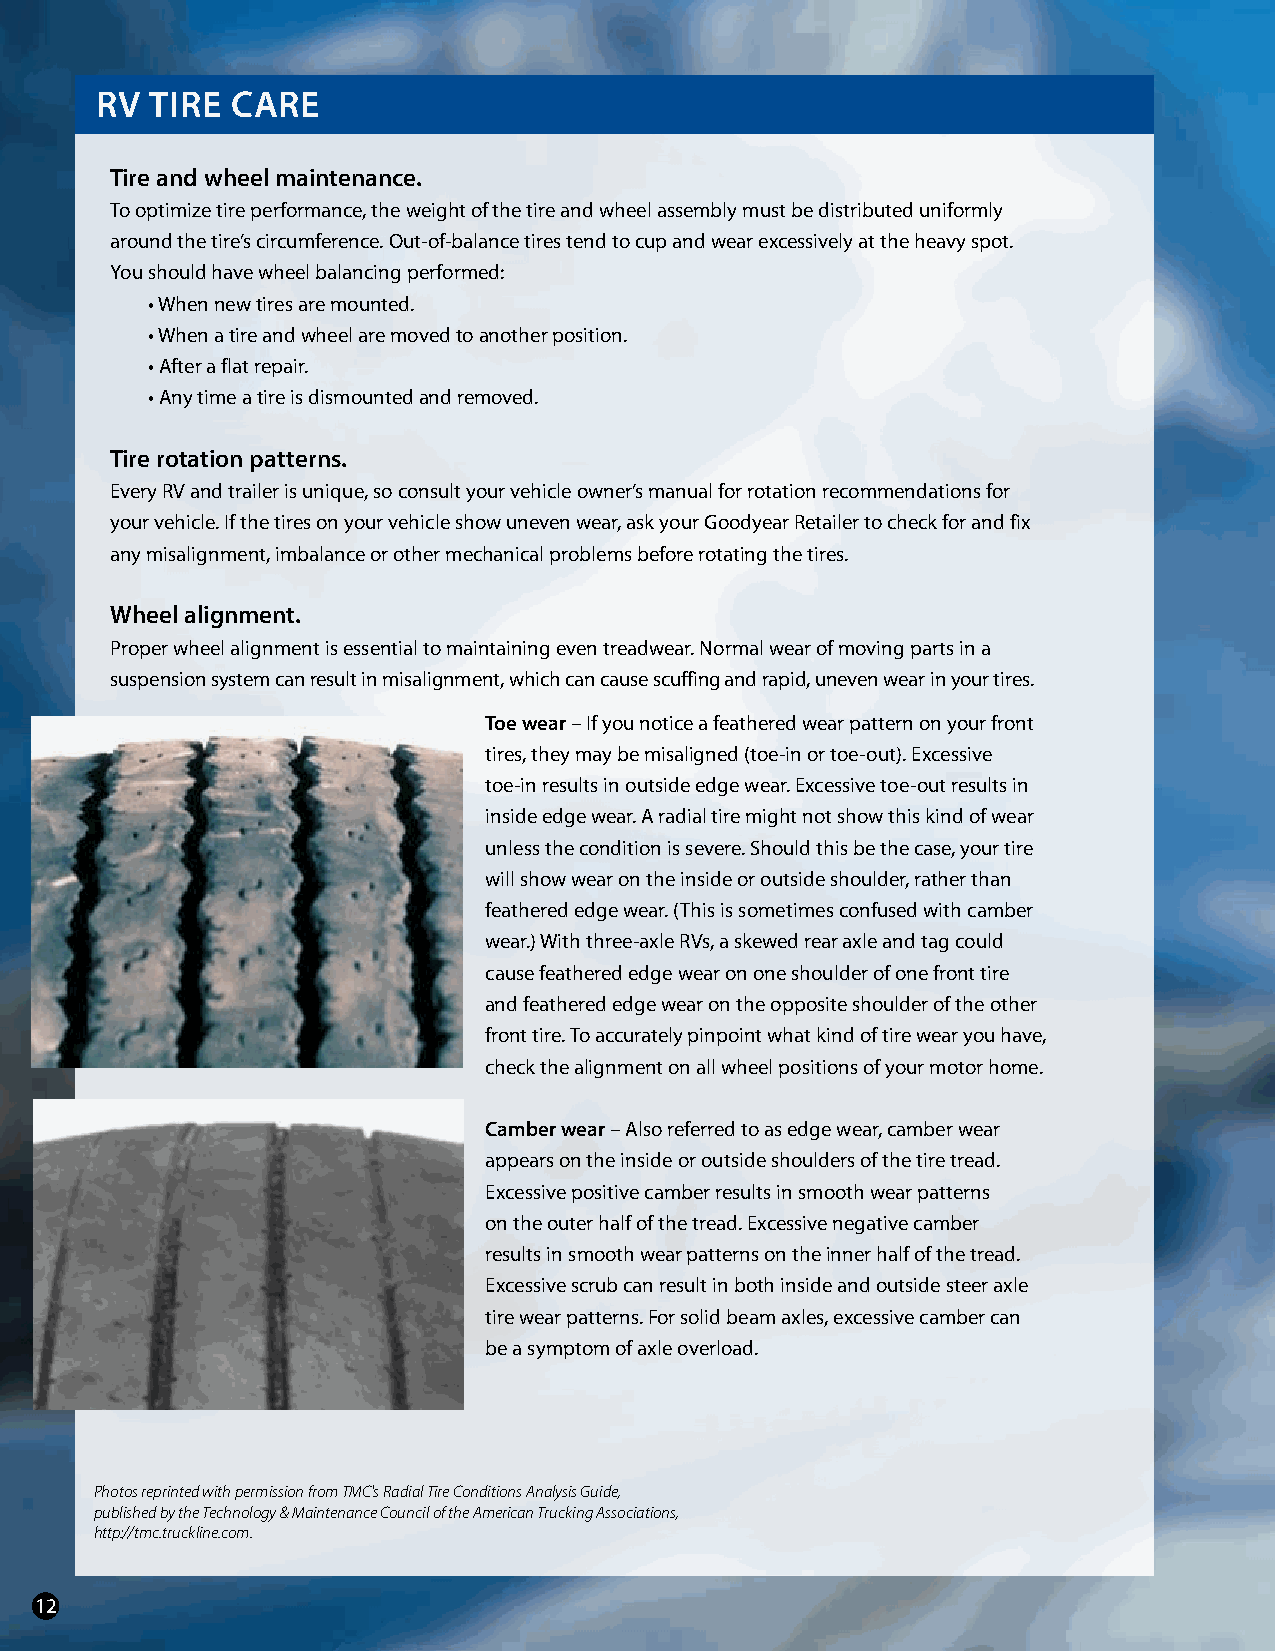
RV  TIRe CaRe
 Tire and wheel maintenance.
 To optimize tire performance, the weight of the tire and wheel assembly must be distributed uniformly
 around the tire’s circumference. Out-of-balance tires tend to cup and wear excessively at the heavy spot.
 You should have wheel balancing performed:
 • When new tires are mounted.
 • When a tire and wheel are moved to another position.
 • After a flat repair.
 • Any time a tire is dismounted and removed.
 Tire rotation patterns.
 Every RV and trailer is unique, so consult your vehicle owner’s manual for rotation recommendations for
 your vehicle. If the tires on your vehicle show uneven wear, ask your Goodyear Retailer to check for and fix
 any misalignment, imbalance or other mechanical problems before rotating the tires.
 Wheel alignment.
 Proper wheel alignment is essential to maintaining even treadwear. Normal wear of moving parts in a
 suspension system can result in misalignment, which can cause scuffing and rapid, uneven wear in your tires.
 Toe wear – If you notice a feathered wear pattern on your front
 tires, they may be misaligned (toe-in or toe-out). Excessive
 toe-in results in outside edge wear. Excessive toe-out results in
 inside edge wear. A radial tire might not show this kind of wear
 unless the condition is severe. Should this be the case, your tire
 will show wear on the inside or outside shoulder, rather than
 feathered edge wear. (This is sometimes confused with camber
 wear.) With three-axle RVs, a skewed rear axle and tag could
 cause feathered edge wear on one shoulder of one front tire
 and feathered edge wear on the opposite shoulder of the other
 front tire. To accurately pinpoint what kind of tire wear you have,
 check the alignment on all wheel positions of your motor home.
 Camber wear – Also referred to as edge wear, camber wear
 appears on the inside or outside shoulders of the tire tread.
 Excessive positive camber results in smooth wear patterns
 on the outer half of the tread. Excessive negative camber
 results in smooth wear patterns on the inner half of the tread.
 Excessive scrub can result in both inside and outside steer axle
 tire wear patterns. For solid beam axles, excessive camber can
 be a symptom of axle overload.
 Photos reprinted with permission from TMC's Radial Tire Conditions Analysis Guide,
 published by the Technology & Maintenance Council of the American Trucking Associations,
 http://tmc.truckline.com.
 12